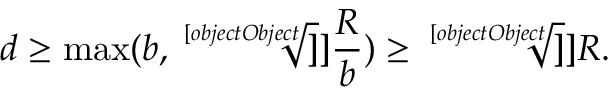
d \geq \operatorname * { m a x } ( b , \sqrt [ [object Object] ] ] { \frac { R } { b } } ) \geq \sqrt [ [object Object] ] ] { R } .